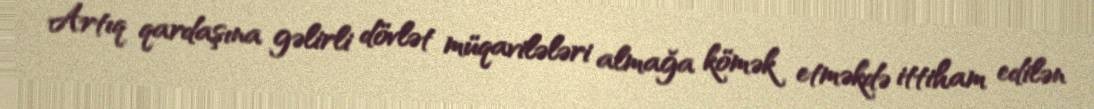
Artıq qardaşına gəlirli dövlət müqavilələri almağa kömək etməkdə ittiham edilən